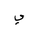
Letter: _ya